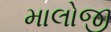
માલોજી